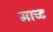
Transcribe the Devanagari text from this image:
माच्ट